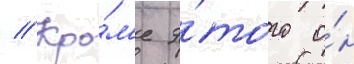
// Кро́м'е э́того о́н